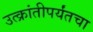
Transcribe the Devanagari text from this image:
उत्क्रांतीपर्यंतचा